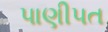
પાણીપત